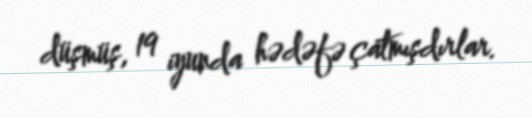
düşmüş, 19 iyunda hədəfə çatmışdırlar.